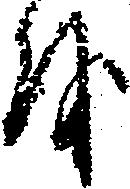
を